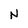
Character: N